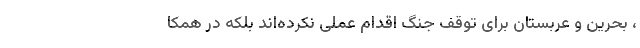
، بحرین و عربستان برای توقف جنگ اقدام عملی نکرده‌اند بلکه در همکا